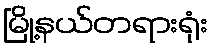
မြို့နယ်တရားရုံး